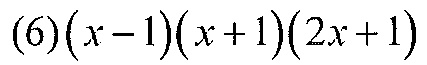
$(6)(x - 1)(x + 1)(2x + 1)$